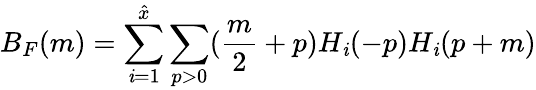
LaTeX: B_{F}(m)=\sum_{\mathit{i}=1}^{\hat{{x}}}\sum_{p>0}(\frac{{m}}{{2}}+p)H_{\mathit{i}}(-p)H_{\mathit{i}}(p+m)